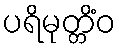
ပရိမုတ္တိံဝ